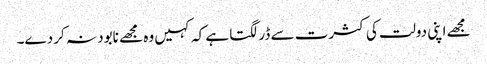
مجھے اپنی دولت کی کثرت سے ڈر لگتا ہے کہ کہیں وہ مجھے نابود نہ کر دے۔